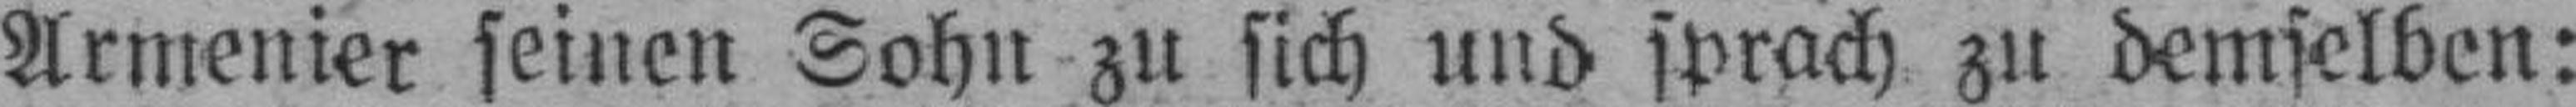
Armenier seinen Sohn zu sich und sprach zu demselben: